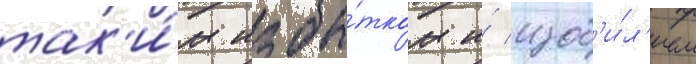
так'и́м избы́тком и́ изоб'и́л'ием